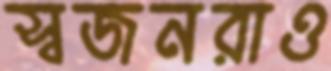
স্বজনরাও